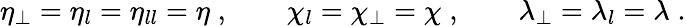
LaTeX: \eta_{\perp}=\eta_{l}=\eta_{ll}=\eta\; ,\qquad\chi_{l}=\chi_{\perp}=\chi\; ,\qquad\lambda_{\perp}=\lambda_{l}=\lambda\; .